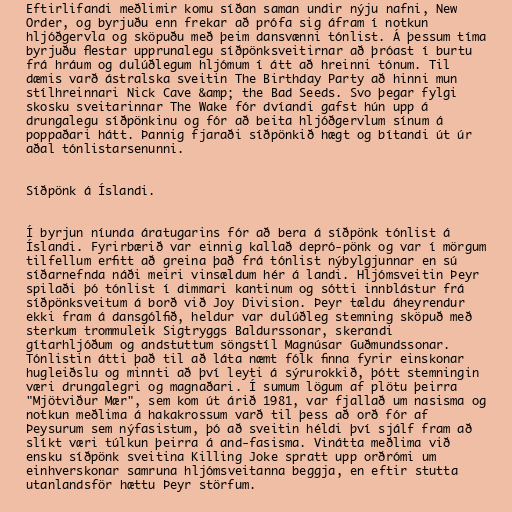
Eftirlifandi meðlimir komu síðan saman undir nýju nafni, New
Order, og byrjuðu enn frekar að prófa sig áfram í notkun
hljóðgervla og sköpuðu með þeim dansvænni tónlist. Á þessum tíma
byrjuðu flestar upprunalegu síðpönksveitirnar að þróast í burtu
frá hráum og dulúðlegum hljómum í átt að hreinni tónum. Til
dæmis varð ástralska sveitin The Birthday Party að hinni mun
stílhreinnari Nick Cave &amp; the Bad Seeds. Svo þegar fylgi
skosku sveitarinnar The Wake fór dvíandi gafst hún upp á
drungalegu síðpönkinu og fór að beita hljóðgervlum sínum á
poppaðari hátt. Þannig fjaraði síðpönkið hægt og bítandi út úr
aðal tónlistarsenunni.

Síðpönk á Íslandi.

Í byrjun níunda áratugarins fór að bera á síðpönk tónlist á
Íslandi. Fyrirbærið var einnig kallað depró-pönk og var í mörgum
tilfellum erfitt að greina það frá tónlist nýbylgjunnar en sú
síðarnefnda náði meiri vinsældum hér á landi. Hljómsveitin Þeyr
spilaði þó tónlist í dimmari kantinum og sótti innblástur frá
síðpönksveitum á borð við Joy Division. Þeyr tældu áheyrendur
ekki fram á dansgólfið, heldur var dulúðleg stemning sköpuð með
sterkum trommuleik Sigtryggs Baldurssonar, skerandi
gítarhljóðum og andstuttum söngstíl Magnúsar Guðmundssonar.
Tónlistin átti það til að láta næmt fólk finna fyrir einskonar
hugleiðslu og minnti að því leyti á sýrurokkið, þótt stemningin
væri drungalegri og magnaðari. Í sumum lögum af plötu þeirra
"Mjötviður Mær", sem kom út árið 1981, var fjallað um nasisma og
notkun meðlima á hakakrossum varð til þess að orð fór af
Þeysurum sem nýfasistum, þó að sveitin héldi því sjálf fram að
slíkt væri túlkun þeirra á and-fasisma. Vinátta meðlima við
ensku síðpönk sveitina Killing Joke spratt upp orðrómi um
einhverskonar samruna hljómsveitanna beggja, en eftir stutta
utanlandsför hættu Þeyr störfum.